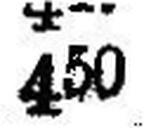
450